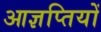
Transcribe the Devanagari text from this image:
आज्ञप्तियों